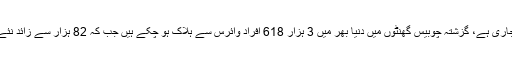
تفصیلات کے مطابق انسانیت کے لیے انتہائی مہلک ثابت ہونے والی کرونا وبا سے ہلاکتوں کا سلسلہ جاری ہے، گزشتہ چوبیس گھنٹوں میں دنیا بھر میں 3 ہزار 618 افراد وائرس سے ہلاک ہو چکے ہیں جب کہ 82 ہزار سے زائد نئے کیسز سامنے آئے، وائرس سے اب تک 18 لاکھ 60 ہزار سے زائد مریض صحت یاب ہو چکے ہیں۔